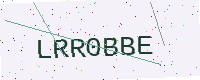
Text: LRR0BBE